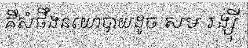
គឺសំផឹងនយោបាយដូច សម រង្ស៊ី